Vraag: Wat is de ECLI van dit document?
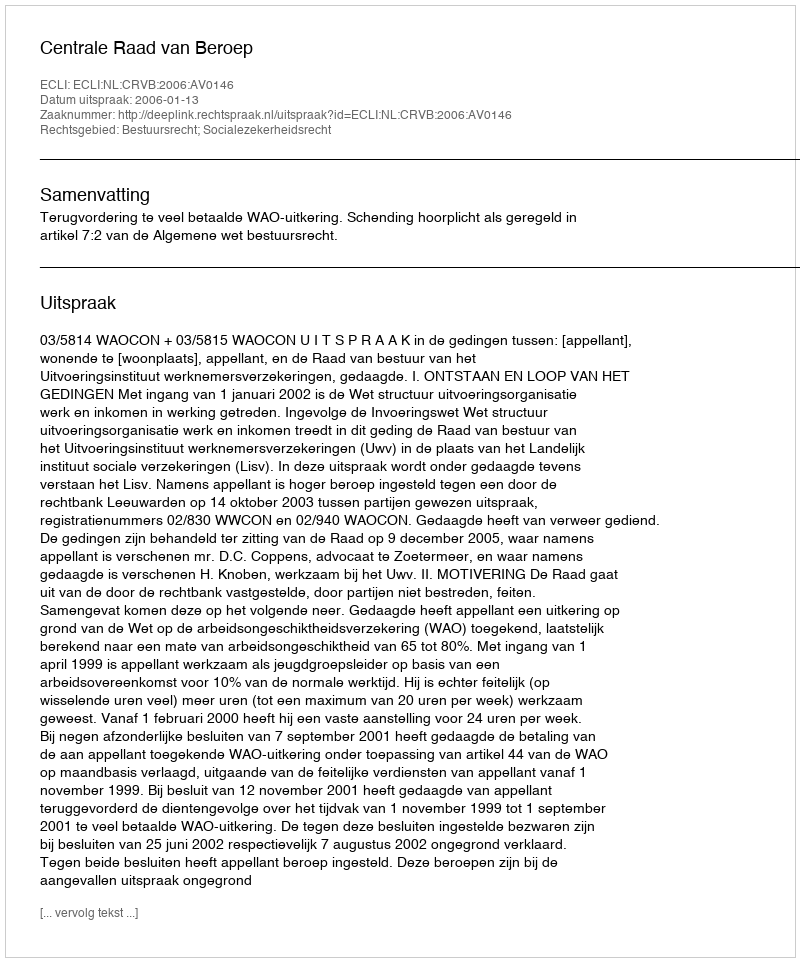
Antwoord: ECLI:NL:CRVB:2006:AV0146